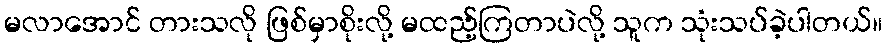
မလာအောင် တားသလို ဖြစ်မှာစိုးလို့ မထည့်ကြတာပဲလို့ သူက သုံးသပ်ခဲ့ပါတယ်။